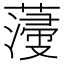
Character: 薓